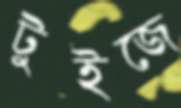
টুইজে